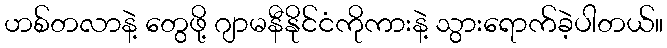
ဟစ်တလာနဲ့ တွေဖို့ ဂျာမနီနိုင်ငံကိုကားနဲ့ သွားရောက်ခဲ့ပါတယ်။